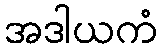
အဒါယကံ